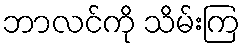
ဘာလင်ကို သိမ်းကြ